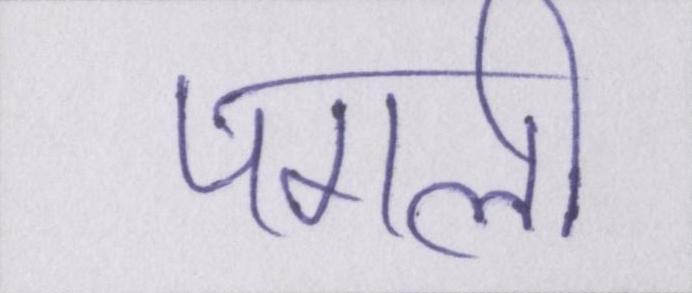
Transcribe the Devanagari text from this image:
पगली